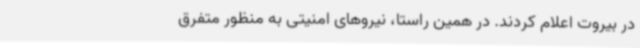
در بیروت اعلام کردند. در همین راستا، نیروهای امنیتی به منظور متفرق